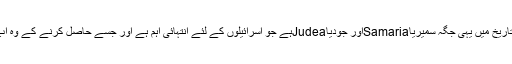
قدیم تہذیبی تاریخ میں یہی جگہ سمیریاSamariaاور جودیاJudeaہے جو اسرائیلوں کے لئے انتہائی اہم ہے اور جسے حاصل کرنے کے وہ اب درپے ہیں۔